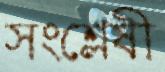
সংশ্লেষী